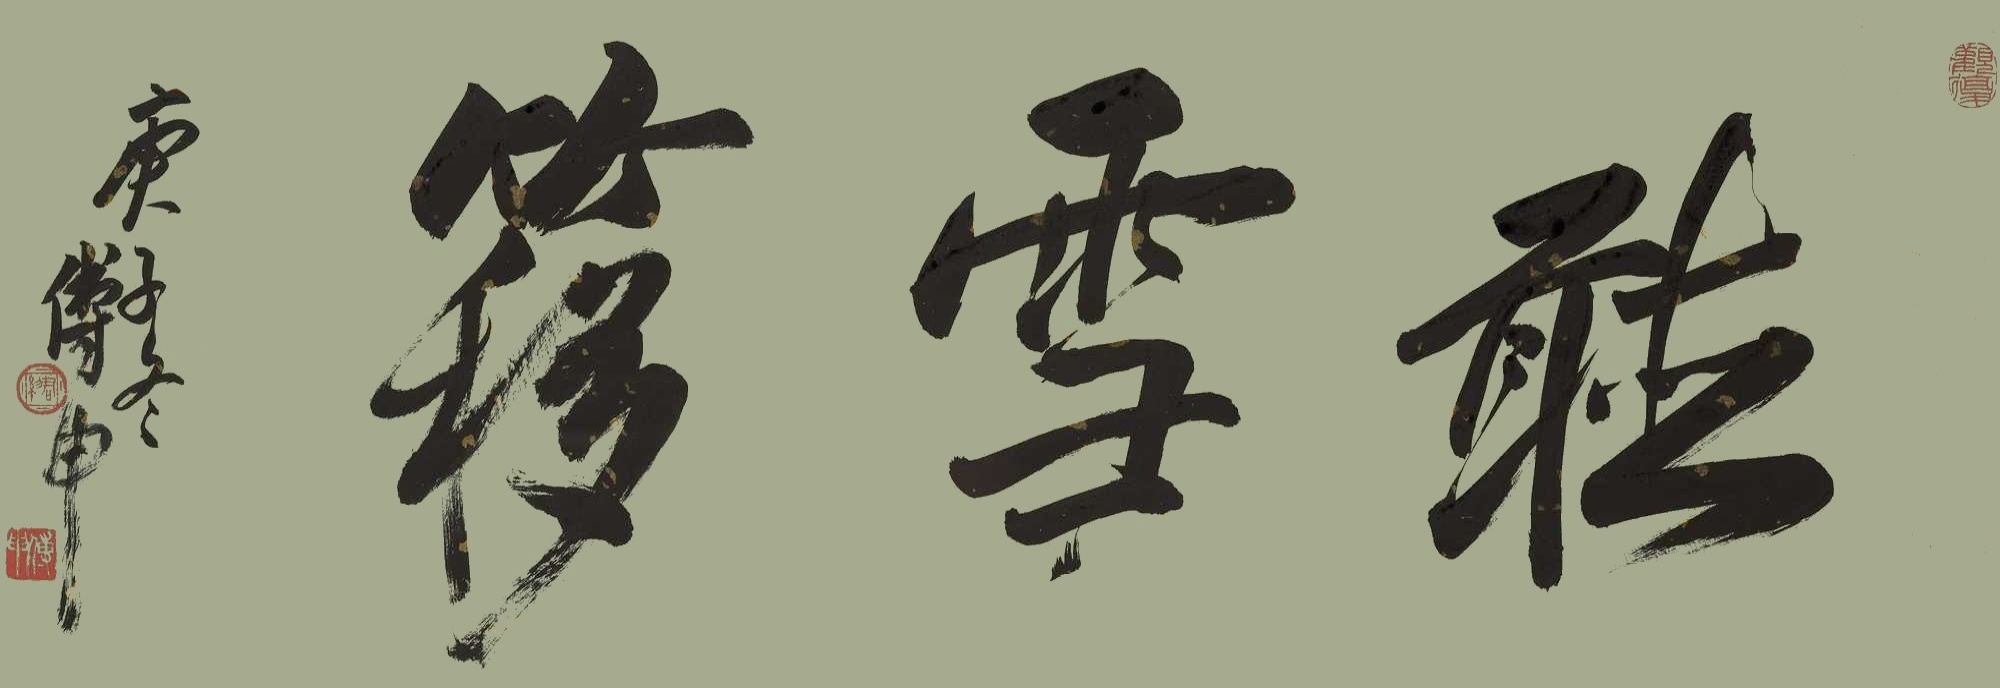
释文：听雪簃庚子冬傅申。